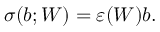
\sigma ( b ; W ) = \varepsilon ( W ) b .